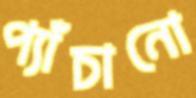
প্যাঁচানো